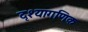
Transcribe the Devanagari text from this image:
दृश्यागणिक